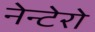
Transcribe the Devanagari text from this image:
नेन्टेरो